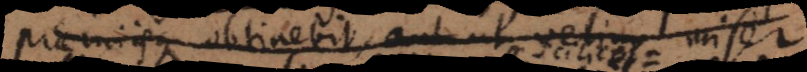
praemiisque obtinebit, aut ut velim miser